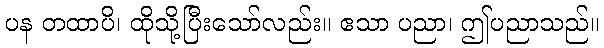
ပန တထာပိ၊ ထိုသို့ပြီးသော်လည်း။ ဧသာ ပညာ၊ ဤပညာသည်။